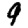
Digit: 9